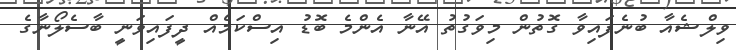
ވިލްޝެއާ ބުނެފައިވާ ގޮތުން މިވަގުތު އޭނާ އެންމެ ބޮޑު އިސްކަމެއް ދީފައިވަނީ ބާސެލޯނާގެ